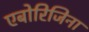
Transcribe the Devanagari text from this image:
एबोरिजिना